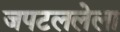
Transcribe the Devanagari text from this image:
जपटललेला